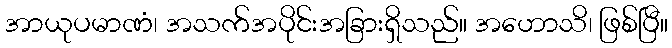
အာယုပမာဏံ၊ အသက်အပိုင်းအခြားရှိသည်။ အဟောသိ၊ ဖြစ်ပြီ။